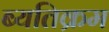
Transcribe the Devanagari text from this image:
ब्यतिक्रम